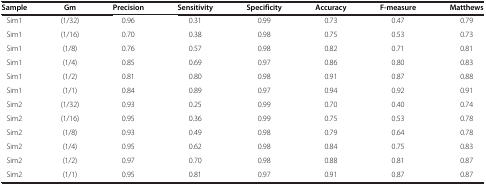
<table><thead><tr><td><b>Sample</b></td><td><b>Gm</b></td><td><b>Precision</b></td><td><b>Sensitivity</b></td><td><b>Specificity</b></td><td><b>Accuracy</b></td><td><b>F-measure</b></td><td><b>Matthews</b></td></tr></thead><tbody><tr><td>Sim1</td><td>(1/32)</td><td>0.96</td><td>0.31</td><td>0.99</td><td>0.73</td><td>0.47</td><td>0.79</td></tr><tr><td>Sim1</td><td>(1/16)</td><td>0.70</td><td>0.38</td><td>0.98</td><td>0.75</td><td>0.53</td><td>0.73</td></tr><tr><td>Sim1</td><td>(1/8)</td><td>0.76</td><td>0.57</td><td>0.98</td><td>0.82</td><td>0.71</td><td>0.81</td></tr><tr><td>Sim1</td><td>(1/4)</td><td>0.85</td><td>0.69</td><td>0.97</td><td>0.86</td><td>0.80</td><td>0.83</td></tr><tr><td>Sim1</td><td>(1/2)</td><td>0.81</td><td>0.80</td><td>0.98</td><td>0.91</td><td>0.87</td><td>0.88</td></tr><tr><td>Sim1</td><td>(1/1)</td><td>0.84</td><td>0.89</td><td>0.97</td><td>0.94</td><td>0.92</td><td>0.91</td></tr><tr><td>Sim2</td><td>(1/32)</td><td>0.93</td><td>0.25</td><td>0.99</td><td>0.70</td><td>0.40</td><td>0.74</td></tr><tr><td>Sim2</td><td>(1/16)</td><td>0.95</td><td>0.36</td><td>0.99</td><td>0.75</td><td>0.53</td><td>0.78</td></tr><tr><td>Sim2</td><td>(1/8)</td><td>0.93</td><td>0.49</td><td>0.98</td><td>0.79</td><td>0.64</td><td>0.78</td></tr><tr><td>Sim2</td><td>(1/4)</td><td>0.95</td><td>0.62</td><td>0.98</td><td>0.84</td><td>0.75</td><td>0.83</td></tr><tr><td>Sim2</td><td>(1/2)</td><td>0.97</td><td>0.70</td><td>0.98</td><td>0.88</td><td>0.81</td><td>0.87</td></tr><tr><td>Sim2</td><td>(1/1)</td><td>0.95</td><td>0.81</td><td>0.97</td><td>0.91</td><td>0.87</td><td>0.87</td></tr></tbody></table>